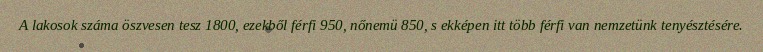
A lakosok száma öszvesen tesz 1800, ezekből férfi 950, nőnemü 850, s ekképen itt több férfi van nemzetünk tenyésztésére.